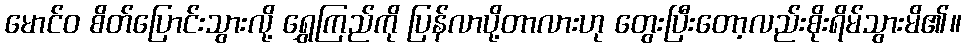
မောင်ဝ စိတ်ပြောင်းသွားလို့ ရွှေကြည်ကို ပြန်လာပို့တာလားဟု တွေးပြီးတော့လည်းစိုးရိမ်သွားမိ၏။